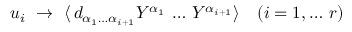
u _ { i } ~ \to ~ \langle \, d _ { \alpha _ { 1 } \dots \alpha _ { i + 1 } } Y ^ { \alpha _ { 1 } } \, \dots \, Y ^ { \alpha _ { i + 1 } } \rangle \quad ( i = 1 , \dots \, r )